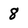
Character: 8